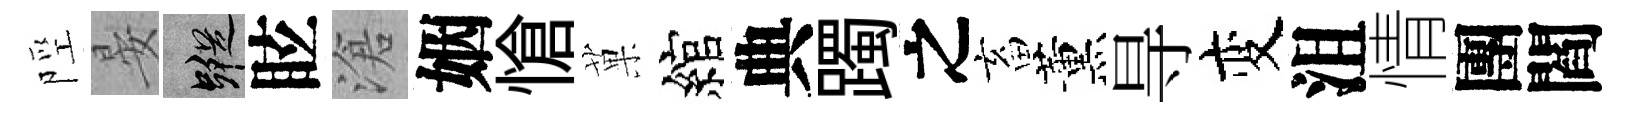
陘晏蹤眩滄姻愴菓綰典躅之畜薰㝵变沮情團閻